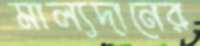
মাল্যদানের